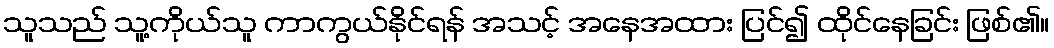
သူသည် သူ့ကိုယ်သူ ကာကွယ်နိုင်ရန် အသင့် အနေအထား ပြင်၍ ထိုင်နေခြင်း ဖြစ်၏။